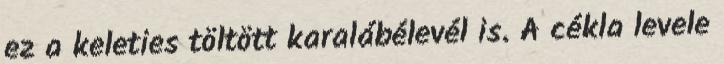
ez a keleties töltött karalábélevél is. A cékla levele